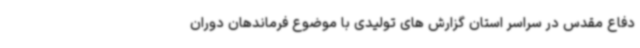
دفاع مقدس در سراسر استان گزارش های تولیدی با موضوع فرماندهان دوران